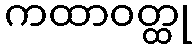
ကထာဝတ္ထု